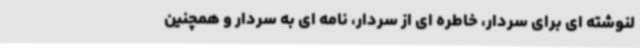
لنوشته ای برای سردار، خاطره ای از سردار، نامه ای به سردار و همچنین